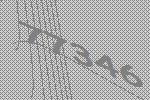
77346